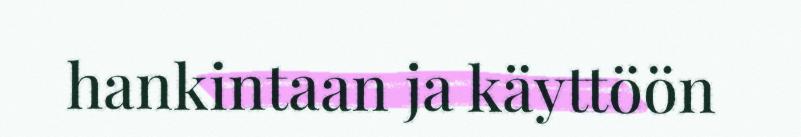
hankintaan ja käyttöön